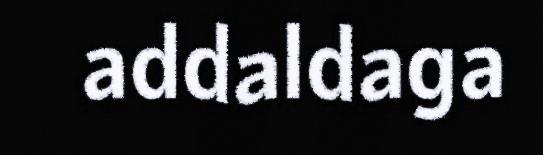
addaldaga